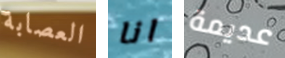
العصابة انا عديمة